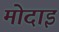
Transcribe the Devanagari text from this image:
मोदाइ